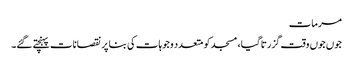
مرمات
جوں جوں وقت گزرتا گیا، مسجد کو متعدد وجوہات کی بنا پر نقصانات پہنچتے گئے۔